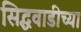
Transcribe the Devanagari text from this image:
सिद्धवाडीच्या